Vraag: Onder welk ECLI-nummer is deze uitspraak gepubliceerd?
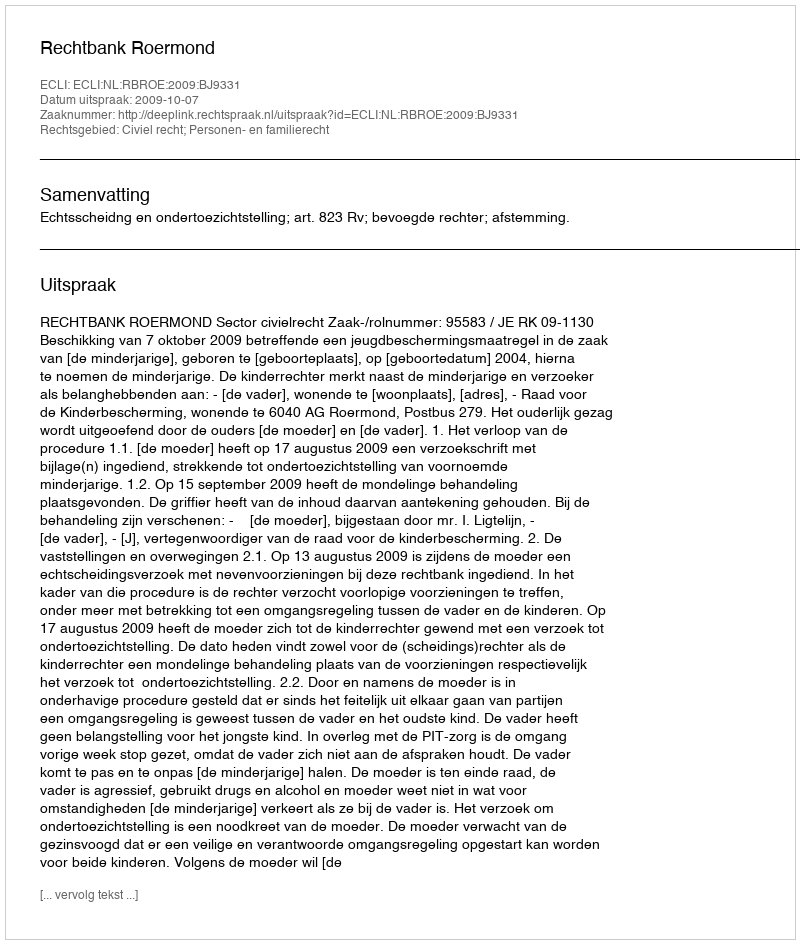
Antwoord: ECLI:NL:RBROE:2009:BJ9331